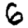
Digit: 6